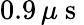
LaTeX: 0.9\, \mu\mathrm{~s~}